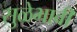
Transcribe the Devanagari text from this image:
सुळेभावी